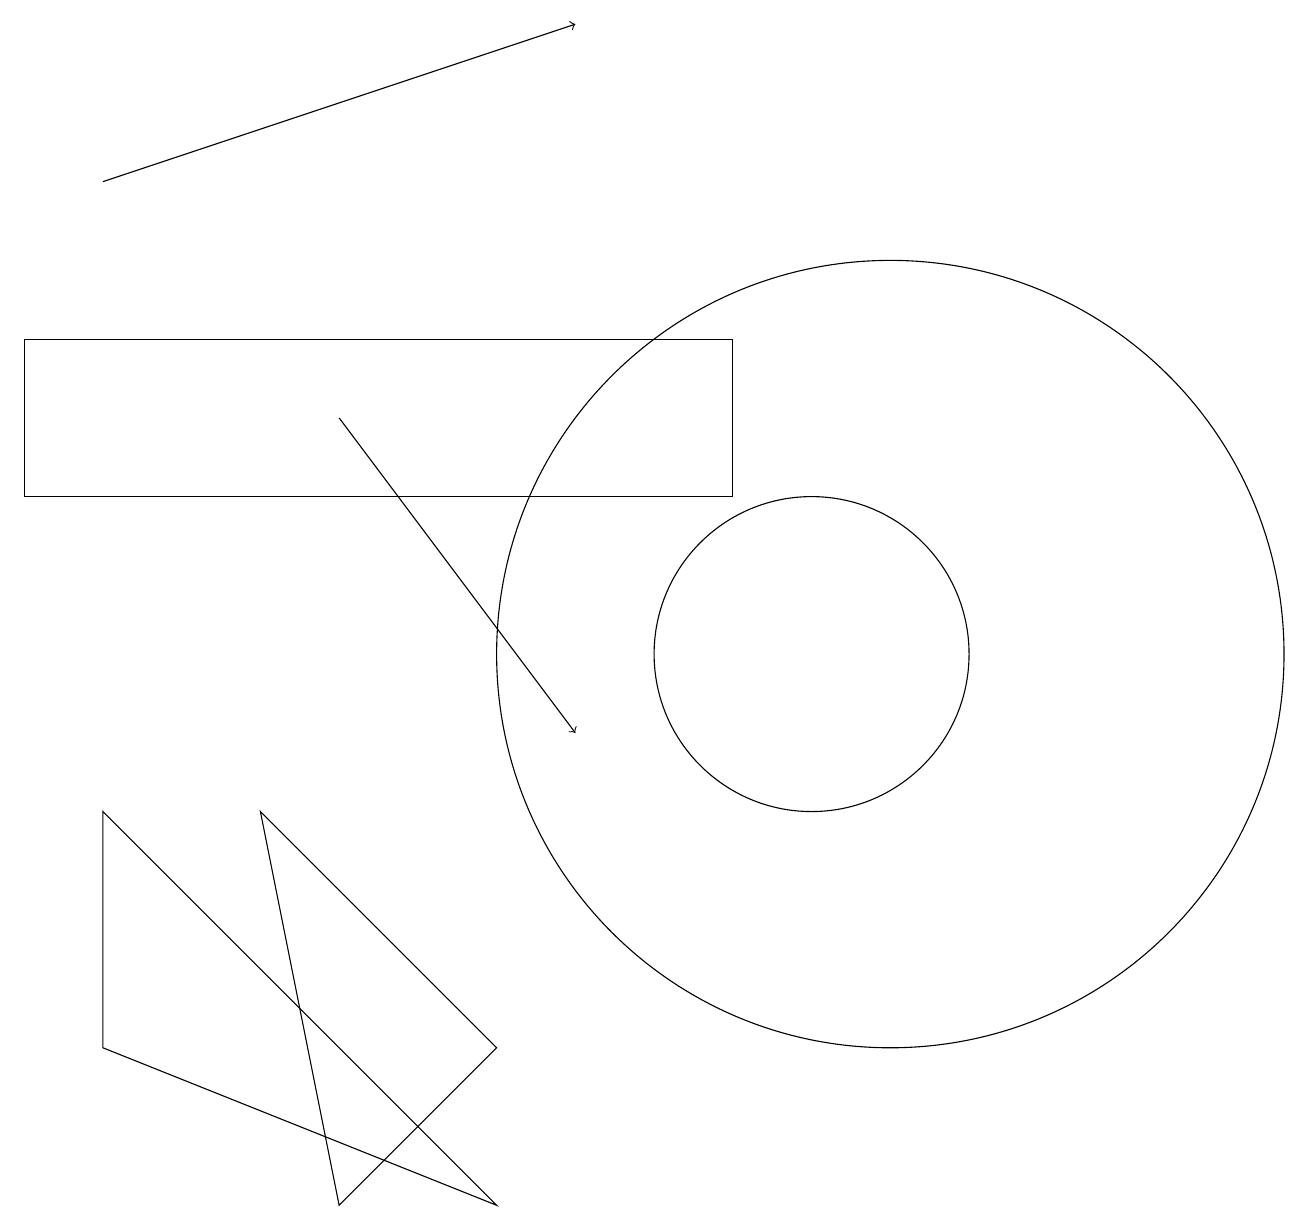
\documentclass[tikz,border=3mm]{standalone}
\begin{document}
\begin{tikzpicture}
\draw (1,9) -- (6,4) -- (1,6) -- cycle;
\draw (9,13) rectangle (0,15);
\draw (10,11) circle (2);
\draw[->] (4,14) -- (7,10);
\draw[->] (1,17) -- (7,19);
\draw (4,4) -- (6,6) -- (3,9) -- cycle;
\draw (11,11) circle (5);
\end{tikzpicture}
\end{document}